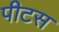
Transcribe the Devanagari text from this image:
पीटस